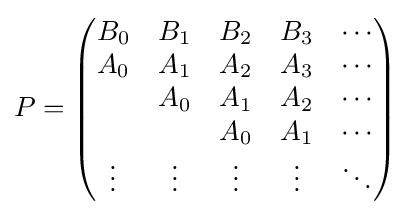
P={\begin{pmatrix}B_{0}&B_{1}&B_{2}&B_{3}&\cdots \\A_{0}&A_{1}&A_{2}&A_{3}&\cdots \\&A_{0}&A_{1}&A_{2}&\cdots \\&&A_{0}&A_{1}&\cdots \\\vdots &\vdots &\vdots &\vdots &\ddots \end{pmatrix}}